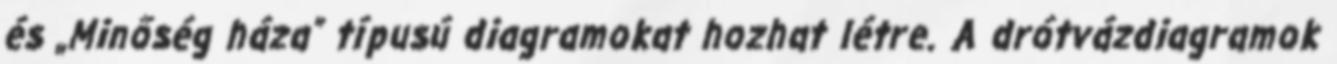
és „Minőség háza” típusú diagramokat hozhat létre. A drótvázdiagramok